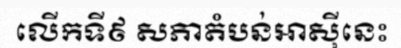
លើកទី៩ សភាតំបន់អាស៊ីនេះ